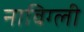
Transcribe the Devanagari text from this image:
नाविग्ली